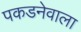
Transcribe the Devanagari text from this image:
पकडनेवाला